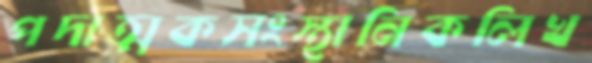
পদাত্মকসংস্থানিকলিখ